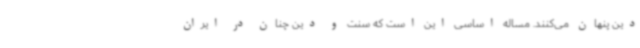
دین پنهان می‌کنند. مساله اساسی این است که سنت و دین چنان در ایران